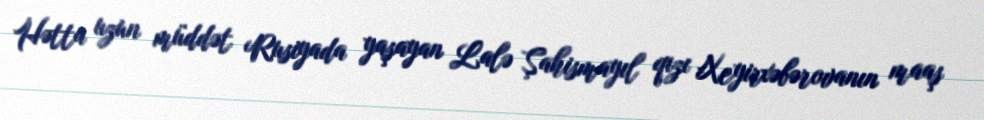
Hətta uzun müddət Rusiyada yaşayan Lalə Şahismayıl qızı Xeyirxəbərovanın maaş